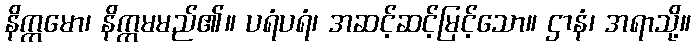
နိက္ကမော၊ နိက္ကမမည်၏။ ပရံပရံ၊ အဆင့်ဆင့်မြင့်သော။ ဌာနံ၊ အရာသို့။